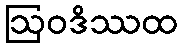
ဩဝဒိဿထ